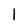
Character: 1